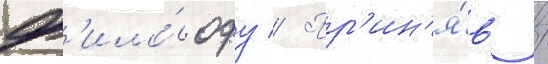
ф'ило́софу // Пр'ин'я́в /